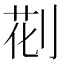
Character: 𠝐